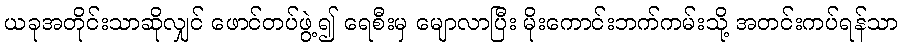
ယခုအတိုင်းသာဆိုလျှင် ဖောင်တပ်ဖွဲ့၍ ရေစီးမှ မျောလာပြီး မိုးကောင်းဘက်ကမ်းသို့ အတင်းကပ်ရန်သာ